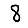
Digit: 8